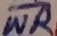
Text: WR